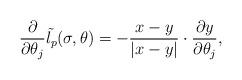
LaTeX: \begin{align*}\displaystyle\frac{\partial}{\partial\theta_j}\tilde{l_p}(\sigma,\theta)=-\frac{x-y}{\vert x-y\vert}\cdot\frac{\partial y}{\partial\theta_j},\end{align*}